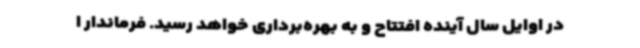
در اوایل سال آینده افتتاح و به بهره‌برداری خواهد رسید. فرماندار ا